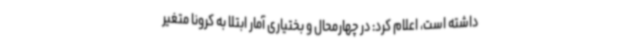
داشته است، اعلام کرد: در چهارمحال و بختیاری آمار ابتلا به کرونا متغیر